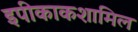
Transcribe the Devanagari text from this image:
इपीकाकशामिल